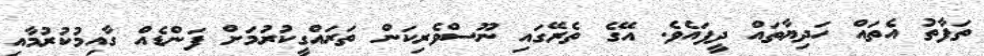
ތަފާތު އެތައް ހަދިޔާތައް ދީފައެވެ. އޭގެ ތެރޭގައި ނޫސްވެރިކަން ތަރައްގީކުރުމަށް ފަންޑެއް ގާއިމުކުރުމާއި